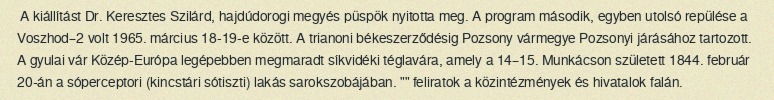
A kiállítást Dr. Keresztes Szilárd, hajdúdorogi megyés püspök nyitotta meg. A program második, egyben utolsó repülése a Voszhod–2 volt 1965. március 18-19-e között. A trianoni békeszerződésig Pozsony vármegye Pozsonyi járásához tartozott. A gyulai vár Közép-Európa legépebben megmaradt síkvidéki téglavára, amely a 14–15. Munkácson született 1844. február 20-án a sóperceptori (kincstári sótiszti) lakás sarokszobájában. "" feliratok a közintézmények és hivatalok falán.